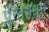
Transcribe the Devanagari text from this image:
प्लँन्टमधून